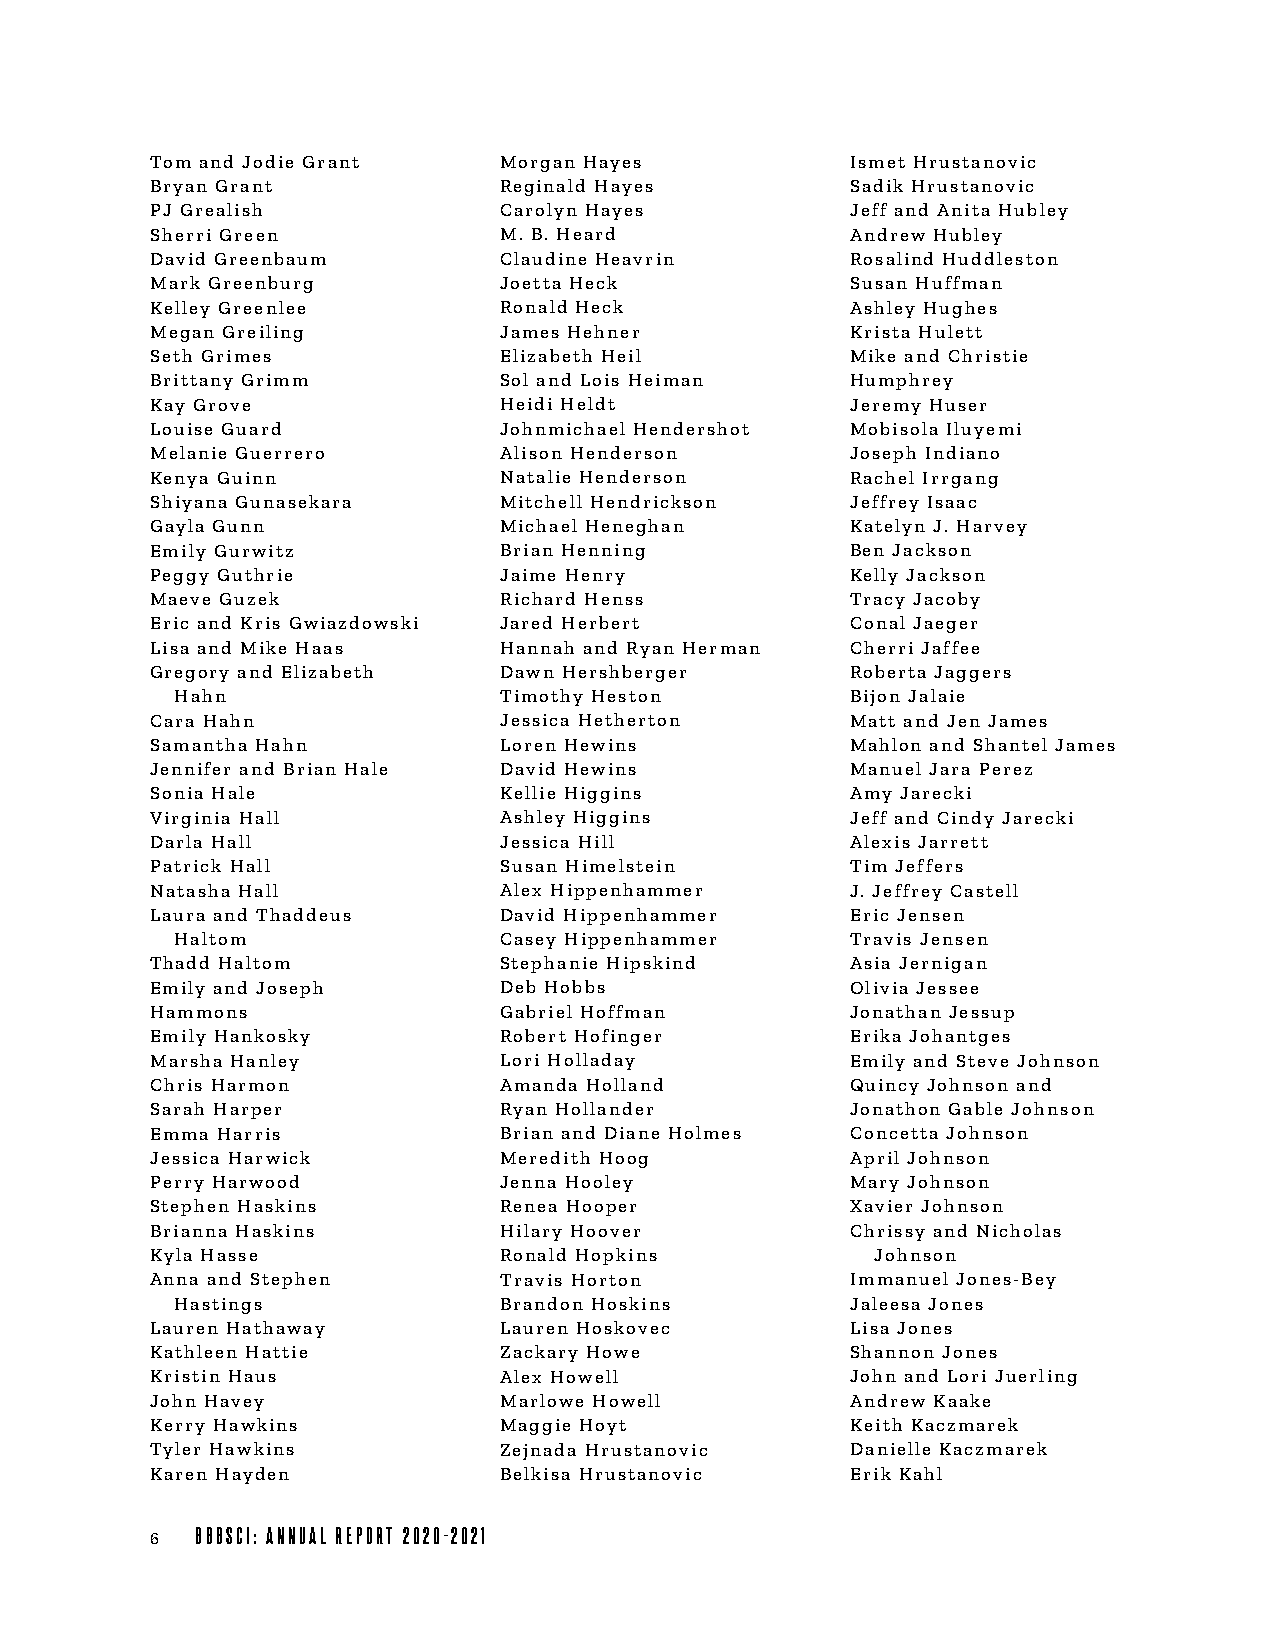
Tom and Jodie Grant    Morgan Hayes           Ismet Hrustanovic
 Bryan Grant            Reginald Hayes         Sadik Hrustanovic
 PJ Grealish            Carolyn Hayes          Jeff and Anita Hubley
 Sherri Green           M. B. Heard            Andrew Hubley
 David Greenbaum        Claudine Heavrin       Rosalind Huddleston
 Mark Greenburg         Joetta Heck            Susan Huffman
 Kelley Greenlee        Ronald Heck            Ashley Hughes
 Megan Greiling         James Hehner           Krista Hulett
 Seth Grimes            Elizabeth Heil         Mike and Christie
 Brittany Grimm         Sol and Lois Heiman    Humphrey
 Kay Grove              Heidi Heldt            Jeremy Huser
 Louise Guard           Johnmichael Hendershot Mobisola Iluyemi
 Melanie Guerrero       Alison Henderson       Joseph Indiano
 Kenya Guinn            Natalie Henderson      Rachel Irrgang
 Shiyana Gunasekara     Mitchell Hendrickson   Jeffrey Isaac
 Gayla Gunn             Michael Heneghan       Katelyn J. Harvey
 Emily Gurwitz          Brian Henning          Ben Jackson
 Peggy Guthrie          Jaime Henry            Kelly Jackson
 Maeve Guzek            Richard Henss          Tracy Jacoby
 Eric and Kris Gwiazdowski Jared Herbert       Conal Jaeger
 Lisa and Mike Haas     Hannah and Ryan Herman Cherri Jaffee
 Gregory and Elizabeth  Dawn Hershberger       Roberta Jaggers
 Hahn                 Timothy Heston         Bijon Jalaie
 Cara Hahn              Jessica Hetherton      Matt and Jen James
 Samantha Hahn          Loren Hewins           Mahlon and Shantel James
 Jennifer and Brian Hale David Hewins          Manuel Jara Perez
 Sonia Hale             Kellie Higgins         Amy Jarecki
 Virginia Hall          Ashley Higgins         Jeff and Cindy Jarecki
 Darla Hall             Jessica Hill           Alexis Jarrett
 Patrick Hall           Susan Himelstein       Tim Jeffers
 Natasha Hall           Alex Hippenhammer      J. Jeffrey Castell
 Laura and Thaddeus     David Hippenhammer     Eric Jensen
 Haltom               Casey Hippenhammer     Travis Jensen
 Thadd Haltom           Stephanie Hipskind     Asia Jernigan
 Emily and Joseph       Deb Hobbs              Olivia Jessee
 Hammons                Gabriel Hoffman        Jonathan Jessup
 Emily Hankosky         Robert Hofinger        Erika Johantges
 Marsha Hanley          Lori Holladay          Emily and Steve Johnson
 Chris Harmon           Amanda Holland         Quincy Johnson and
 Sarah Harper           Ryan Hollander         Jonathon Gable Johnson
 Emma Harris            Brian and Diane Holmes Concetta Johnson
 Jessica Harwick        Meredith Hoog          April Johnson
 Perry Harwood          Jenna Hooley           Mary Johnson
 Stephen Haskins        Renea Hooper           Xavier Johnson
 Brianna Haskins        Hilary Hoover          Chrissy and Nicholas
 Kyla Hasse             Ronald Hopkins           Johnson
 Anna and Stephen       Travis Horton          Immanuel Jones-Bey
 Hastings             Brandon Hoskins        Jaleesa Jones
 Lauren Hathaway        Lauren Hoskovec        Lisa Jones
 Kathleen Hattie        Zackary Howe           Shannon Jones
 Kristin Haus           Alex Howell            John and Lori Juerling
 John Havey             Marlowe Howell         Andrew Kaake
 Kerry Hawkins          Maggie Hoyt            Keith Kaczmarek
 Tyler Hawkins          Zejnada Hrustanovic    Danielle Kaczmarek
 Karen Hayden           Belkisa Hrustanovic    Erik Kahl
 6  BBBSCI: ANNUAL REPORT 2020-2021